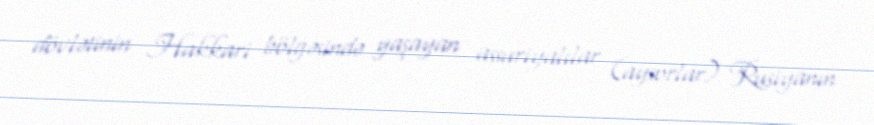
dövlətinin Hakkari bölgəsində yaşayan assuriyalılar (aysorlar) Rusiyanın